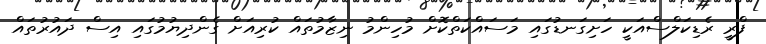
ފްރީ ރެޑިކަލްސްއަކީ ހަށިގަނޑުގައި މަސައްކަތްކޮށް މުހިންމު ނިޒާމުތައް ކުރިއަށް ގެންދިޔުމުގައި އިސް ދައުރުތައް